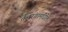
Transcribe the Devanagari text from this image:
तैलरंगांमधील